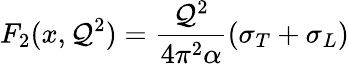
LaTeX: F_{2}(x,\mathcal{Q}^{2})={\frac{{\mathcal{Q}^{2}}}{{4\pi^{2}\alpha}}}(\sigma_{T}+\sigma_{L})